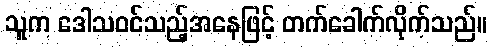
သူက ဒေါသဝင်သည့်အနေဖြင့် တက်ခေါက်လိုက်သည်။